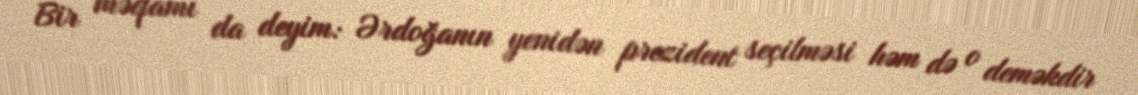
Bir məqamı da deyim: Ərdoğanın yenidən prezident seçilməsi həm də o deməkdir